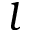
l